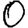
Digit: 0